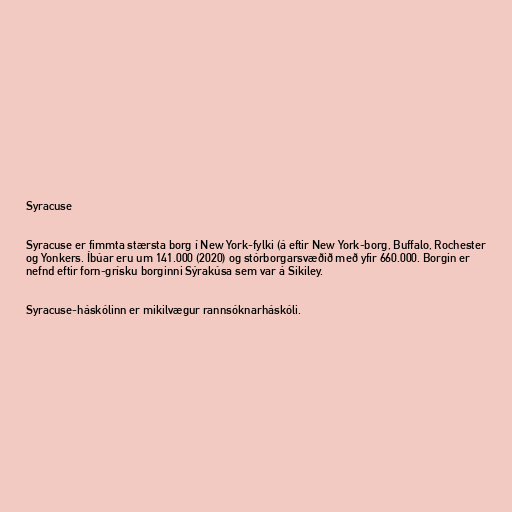
Syracuse

Syracuse er fimmta stærsta borg í New York-fylki (á eftir New York-borg, Buffalo, Rochester
og Yonkers. Íbúar eru um 141.000 (2020) og stórborgarsvæðið með yfir 660.000. Borgin er
nefnd eftir forn-grísku borginni Sýrakúsa sem var á Sikiley.

Syracuse-háskólinn er mikilvægur rannsóknarháskóli.